Lunatic asylums Bombay report 1891-1903 - 1891-1903
Year: 1891
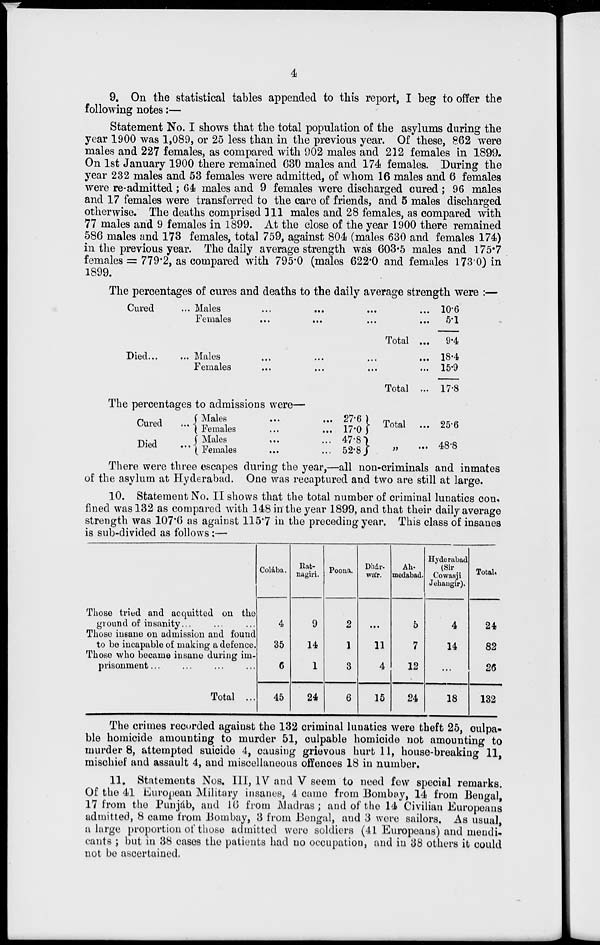
4
9. On the statistical tables appended to this report, I beg to offer the
following notes:—
Statement No. I shows that the total population of the asylums during the
year 1900 was 1,089, or 25 less than in the previous year. Of these, 862 were
males and 227 females, as compared with 902 males and 212 females in 1899.
On 1st January 1900 there remained 630 males and 174 females. During the
year 232 males and 53 females were admitted, of whom 16 males and 6 females
were re-admitted; 64 males and 9 females were discharged cured; 96 males
and 17 females were transferred to the care of friends, and 5 males discharged
otherwise. The deaths comprised 111 males and 28 females, as compared with
77 males and 9 females in 1899. At the close of the year 1900 there remained
586 males and 173 females, total 759, against 804 (males 630 and females 174)
in the previous year. The daily average strength was 603.5 males and 175.7
females = 779.2, as compared with 795.0 (males 622.0 and females 173.0) in
1899.
The percentages of cures and deaths to the daily average strength were :—
Cured
Died...
Males ... ... ... ...
Females ... ... ... ... ...
Total ...
Males
...
...
...
...
Females
...
...
...
...
Total ...
10.6
5.1
9.4
18.4
15.9
17.8
The percentages to admissions were—
Cured
Died
Males
...
... 27.6
Females
...
... 17.0
Males
...
... 47.8
Females
...
... 52.8
Total ...
„ ...
25.6
48.8
There were three escapes during the year,—all non-criminals and inmates
of the asylum at Hyderabad. One was recaptured and two are still at large.
10. Statement No. II shows that the total number of criminal lunatics con,
fined was 132 as compared with 148 in the year 1899, and that their daily average
strength was 107.6 as against 115.7 in the preceding year. This class of insanes
is sub-divided as follows :—
Those tried and acquitted on the
ground of insanity...
Those insane on admission and found
to be incapable of making a defence.
Those who became insane during im-
prisonment ...
Total ...
Colába.
4
35
6
45
Rat-
nagiri.
9
14
1
24
Poona.
2
]
3
6
Dhár.
wár.
...
11
4
15
Ah-
medabad.
5
7
12
24
Hyderabad
(Sir
Cowasji
Jehangir).
4
14
...
18
Total.
24
82
26
132
The crimes recorded against the 132 criminal lunatics were theft 25, culpa-
ble homicide amounting to murder 51, culpable homicide not amounting to
murder 8, attempted suicide 4, causing grievous hurt 11, house-breaking 11,
mischief and assault 4, and miscellaneous offences 18 in number.
11. Statements Nos. III, IV and V seem to need few special remarks.
Of the 41 European Military insanes, 4 came from Bombay, 14 from Bengal,
17 from the Punjab, and 16 from Madras; and of the 14 Civilian Europeans
admitted, 8 came from Bombay, 3 from Bengal, and 3 were sailors. As usual,
a large proportion of those admitted were soldiers (41 Europeans) and mendi-
cants ; but in 38 cases the patients had no occupation, and in 38 others it could
not be ascertained.